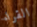
القراء